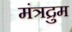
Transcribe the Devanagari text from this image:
मंत्रद्रुम